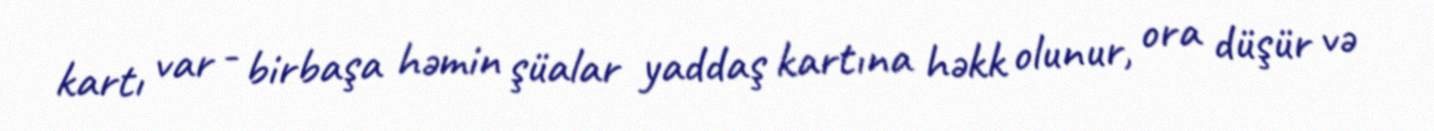
kartı var - birbaşa həmin şüalar yaddaş kartına həkk olunur, ora düşür və